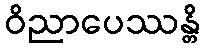
ဝိညာပေဿန္တိ